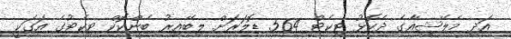
އަދި މެލޭޝިއާގެ ދެކޮޅު ޓިކެޓް 564 ޑޮލަރަށް ލިބޭއިރު ބެންކޮކް ޓިކެޓުގެ އަގަކީ